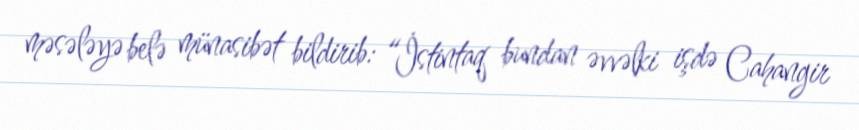
məsələyə belə münasibət bildirib: “İstintaq bundan əvvəlki işdə Cahangir